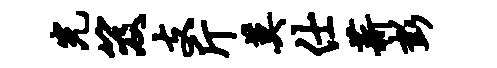
光笈支斤莫仕薪彭